Vaccination in Burma 1900-1911 - 1900-1911
Year: 1900
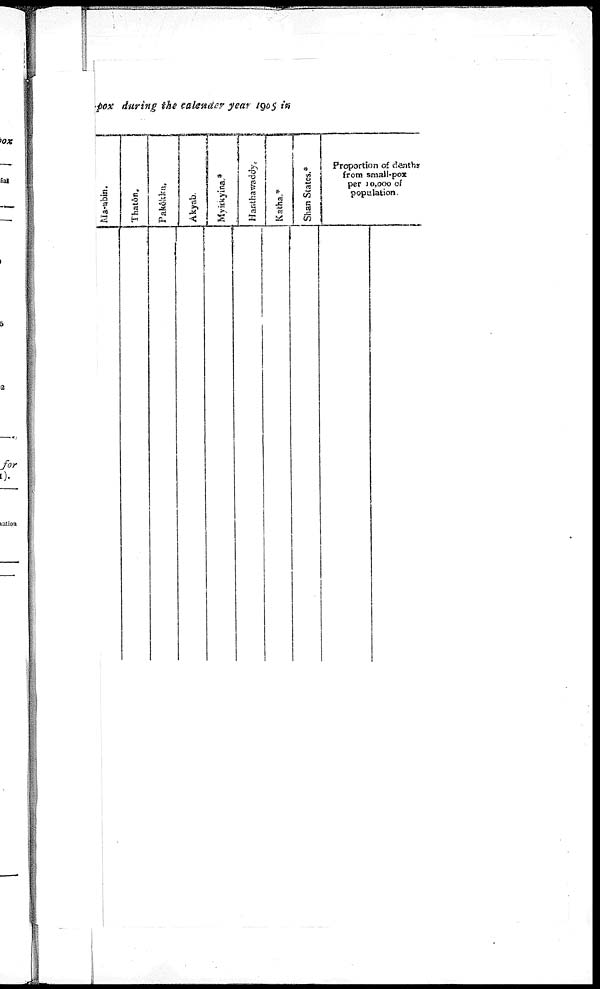
pox during the calender year 1905 in